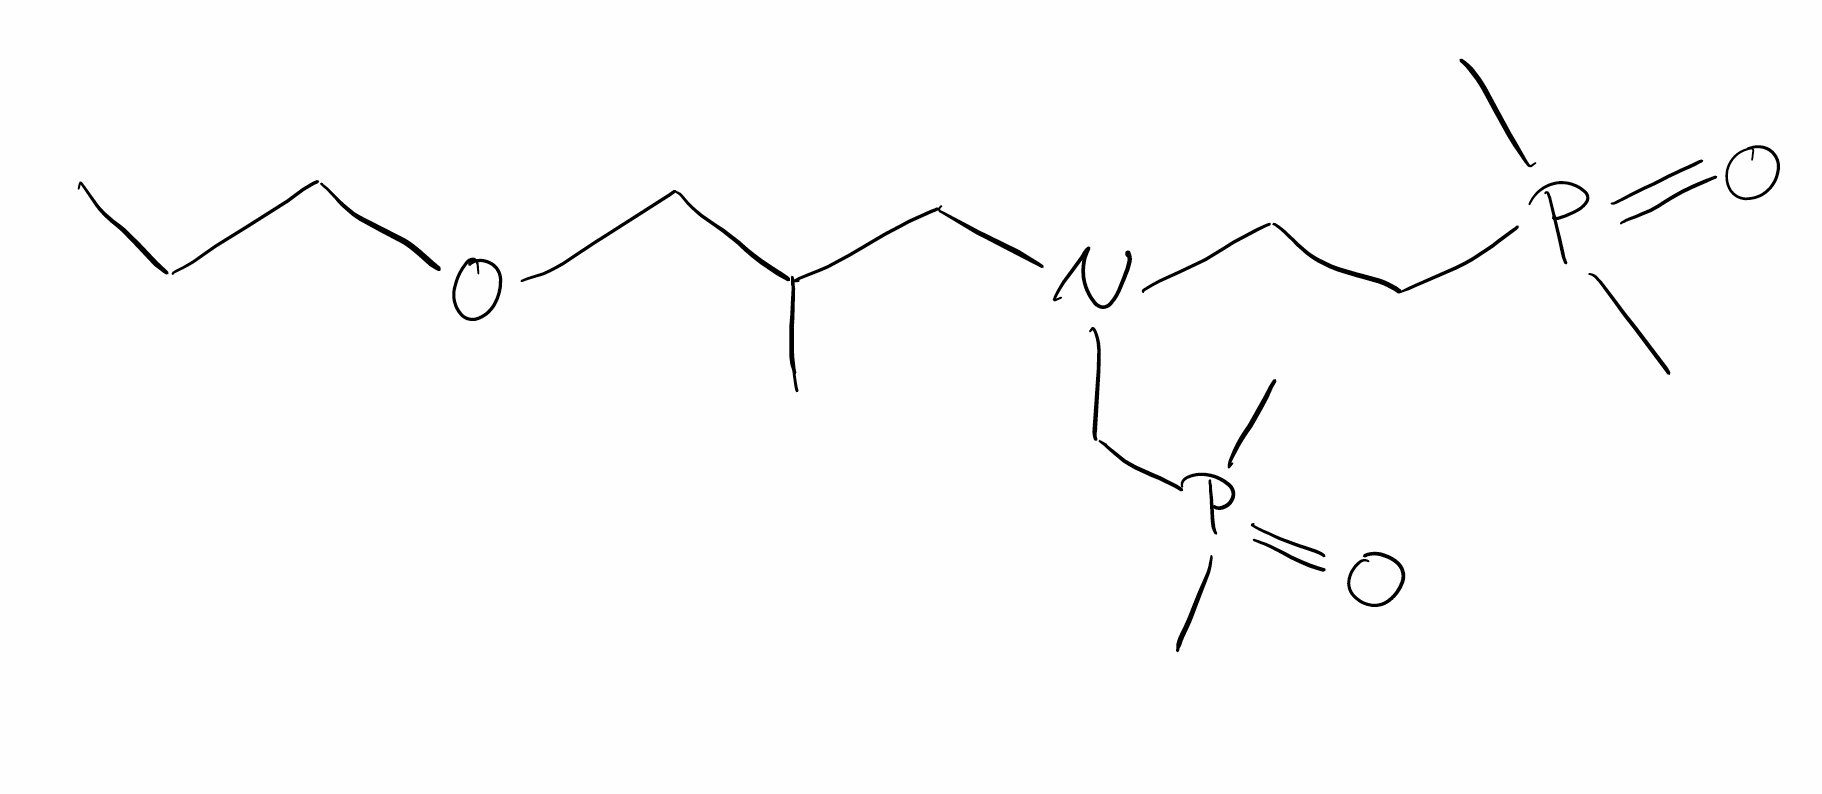
Simplified molecular-input line-entry system (SMILES) notation of the given molecule:
CCCOCC(C)CN(CCP(=O)(C)C)CP(=O)(C)C